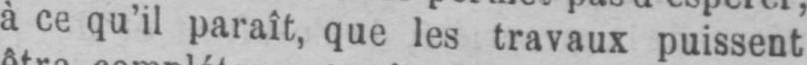
à ce qu’il paraît, que les travaux puissent